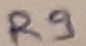
Text: R9